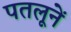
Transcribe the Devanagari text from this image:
पतलूनें